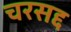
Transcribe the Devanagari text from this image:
चरसद्द